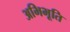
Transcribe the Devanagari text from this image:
अभिभूति